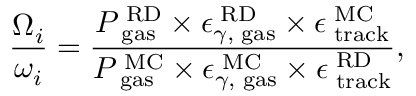
\frac { { \Omega } _ { i } } { \omega _ { i } } = \frac { P _ { \mathrm { \tiny ~ g a s } } ^ { \mathrm { \tiny ~ R D } } \times \epsilon _ { \gamma , \mathrm { \tiny ~ g a s } } ^ { \mathrm { \tiny ~ R D } } \times \epsilon _ { \mathrm { \tiny ~ t r a c k } } ^ { \mathrm { \tiny ~ M C } } } { P _ { \mathrm { \tiny ~ g a s } } ^ { \mathrm { \tiny ~ M C } } \times \epsilon _ { \gamma , \mathrm { \tiny ~ g a s } } ^ { \mathrm { \tiny ~ M C } } \times \epsilon _ { \mathrm { \tiny ~ t r a c k } } ^ { \mathrm { \tiny ~ R D } } } ,